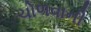
ચોળવાની